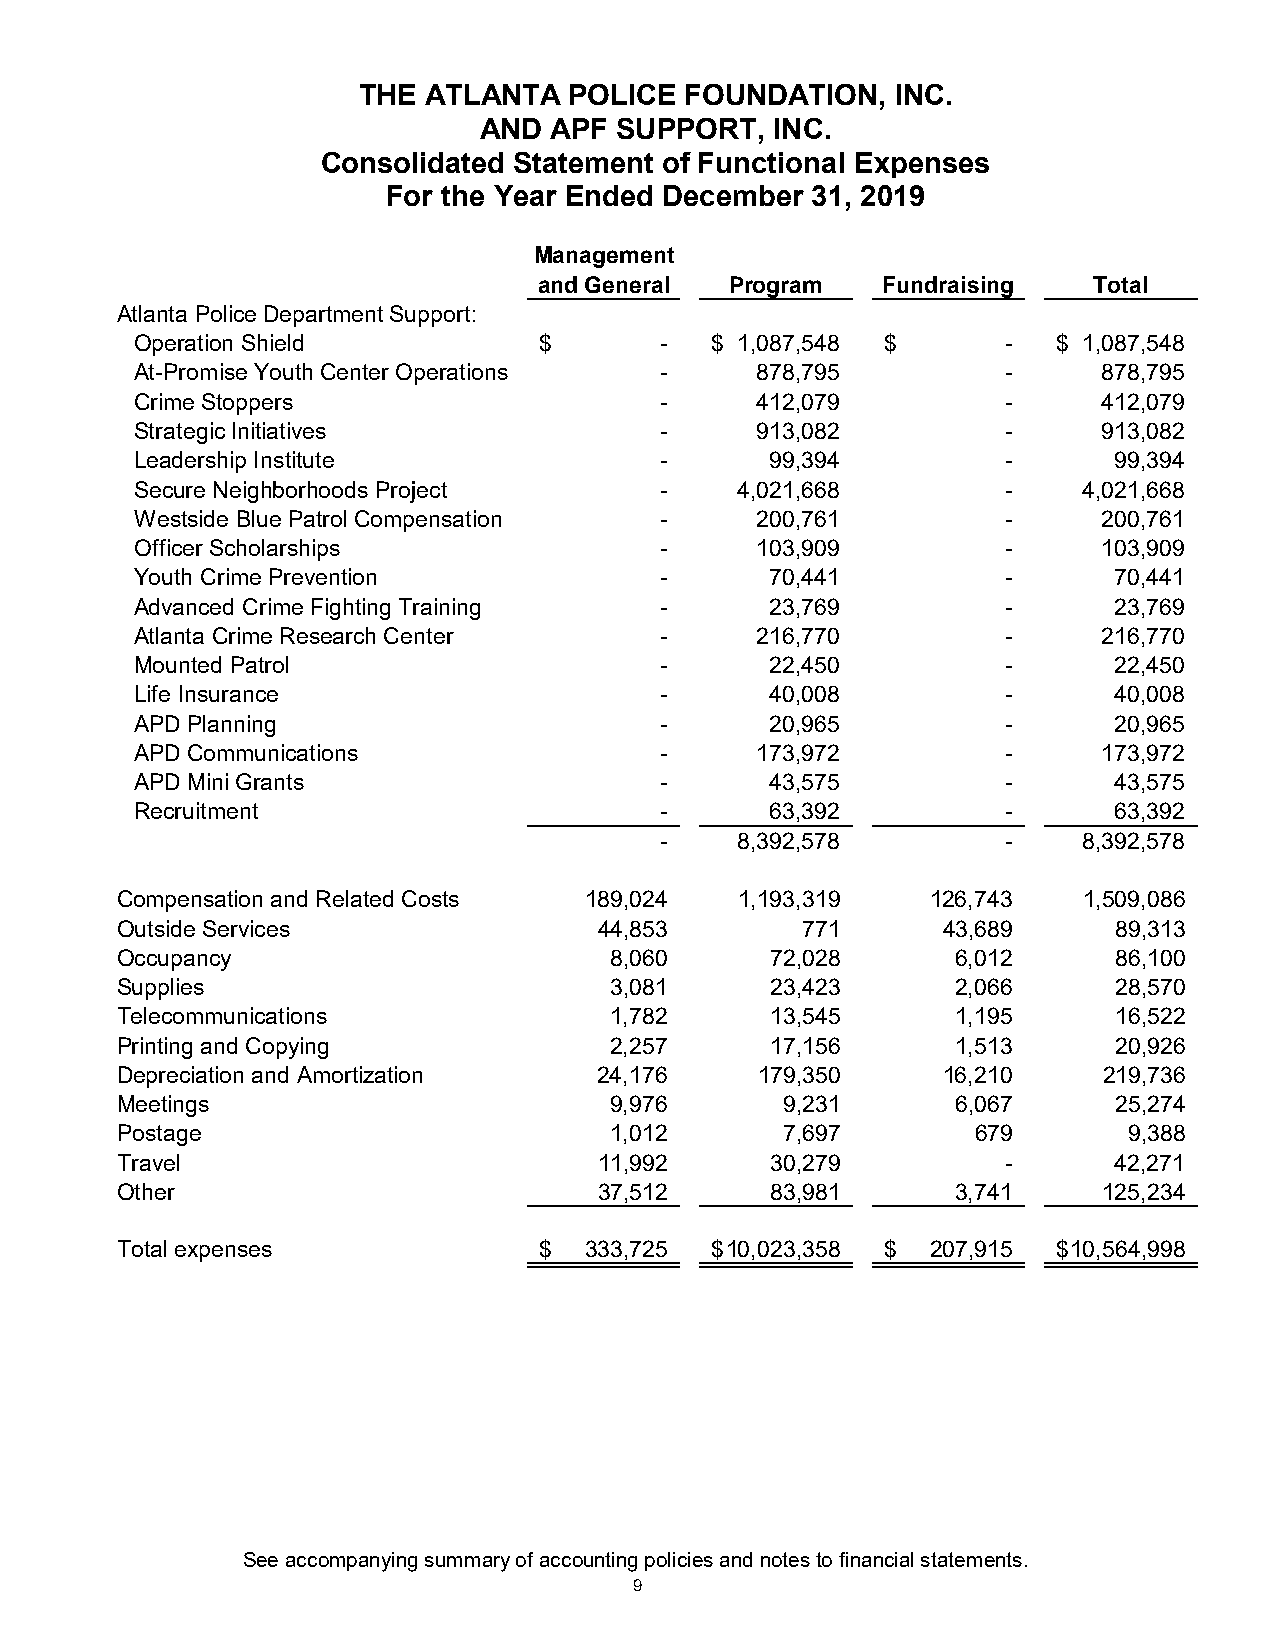
THE ATLANTA   POLICE FOUNDATION,   INC.
 AND APF  SUPPORT,  INC.
 Consolidated Statement of Functional Expenses
 For the Year Ended December 31, 2019
 Management
 and General Program   Fundraising   Total
 Atlanta Police Department Support:
 Operation Shield           $       -  $ 1,087,548 $       -  $ 1,087,548
 At-Promise Youth Center Operations -     878,795          -     878,795
 Crime Stoppers                     -     412,079          -     412,079
 Strategic Initiatives              -     913,082          -     913,082
 Leadership Institute               -      99,394          -      99,394
 Secure Neighborhoods Project       -    4,021,668         -    4,021,668
 Westside Blue Patrol Compensation  -     200,761          -     200,761
 Officer Scholarships               -     103,909          -     103,909
 Youth Crime Prevention             -      70,441          -      70,441
 Advanced Crime Fighting Training   -      23,769          -      23,769
 Atlanta Crime Research Center      -     216,770          -     216,770
 Mounted Patrol                     -      22,450          -      22,450
 Life Insurance                     -      40,008          -      40,008
 APD Planning                       -      20,965          -      20,965
 APD Communications                 -     173,972          -     173,972
 APD Mini Grants                    -      43,575          -      43,575
 Recruitment                        -      63,392          -      63,392
 -    8,392,578         -    8,392,578
 Compensation and Related Costs 189,024   1,193,319    126,743   1,509,086
 Outside Services                44,853       771      43,689      89,313
 Occupancy                       8,060      72,028      6,012      86,100
 Supplies                        3,081      23,423      2,066      28,570
 Telecommunications              1,782      13,545      1,195      16,522
 Printing and Copying            2,257      17,156      1,513      20,926
 Depreciation and Amortization   24,176    179,350     16,210     219,736
 Meetings                        9,976       9,231      6,067      25,274
 Postage                         1,012       7,697        6 79      9,388
 Travel                          11,992     30,279          -      42,271
 Other                           37,512     83,981      3,741     125,234
 Total expenses              $  333,725 $ 10,023,358 $ 207,915 $ 10,564,998
 See accompanying summary of accounting policies and notes to financial statements.
 9